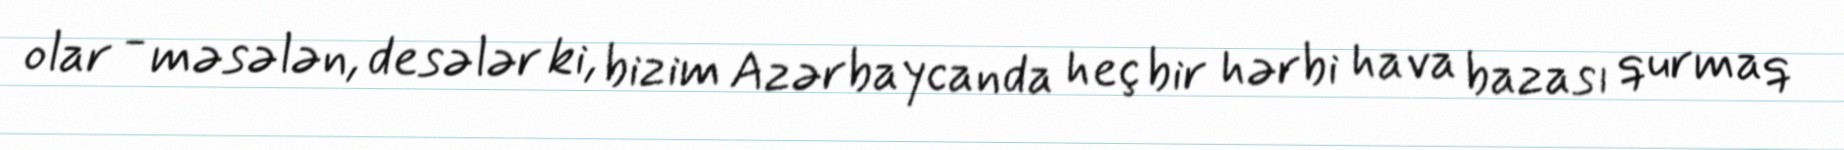
olar - məsələn, desələr ki, bizim Azərbaycanda heç bir hərbi hava bazası qurmaq